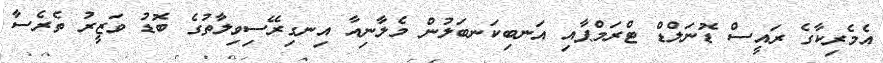
އެމެރިކާގެ ރައީސް ޑޮނަލްޑް ޓްރަމްޕާއި އަނބިކަނބަލުން މެލާނިއާ އިނގިރޭސިވިލާތުގެ ބޮޑު ވަޒީރު ތެރެސާ